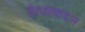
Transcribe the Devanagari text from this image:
है।उत्पादन